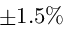
\pm 1 . 5 \%